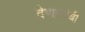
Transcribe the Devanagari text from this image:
देणारांची